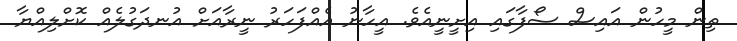
ތިން މީހުން އައިސް ސޯފާގައި އިށީނީއެވެ. އީހާނު އެއްފަހަރު ނީރާއަށް އުނދަގުލެއް ކޮށްލިއްޔާ